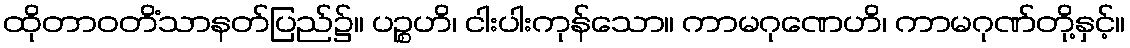
ထိုတာဝတိံသာနတ်ပြည်၌။ ပဉ္စဟိ၊ ငါးပါးကုန်သော။ ကာမဂုဏေဟိ၊ ကာမဂုဏ်တို့နှင့်။